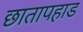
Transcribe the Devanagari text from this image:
छातापहाड